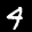
Label: 4